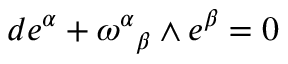
d e ^ { \alpha } + { \omega ^ { \alpha } } _ { \beta } \wedge e ^ { \beta } = 0